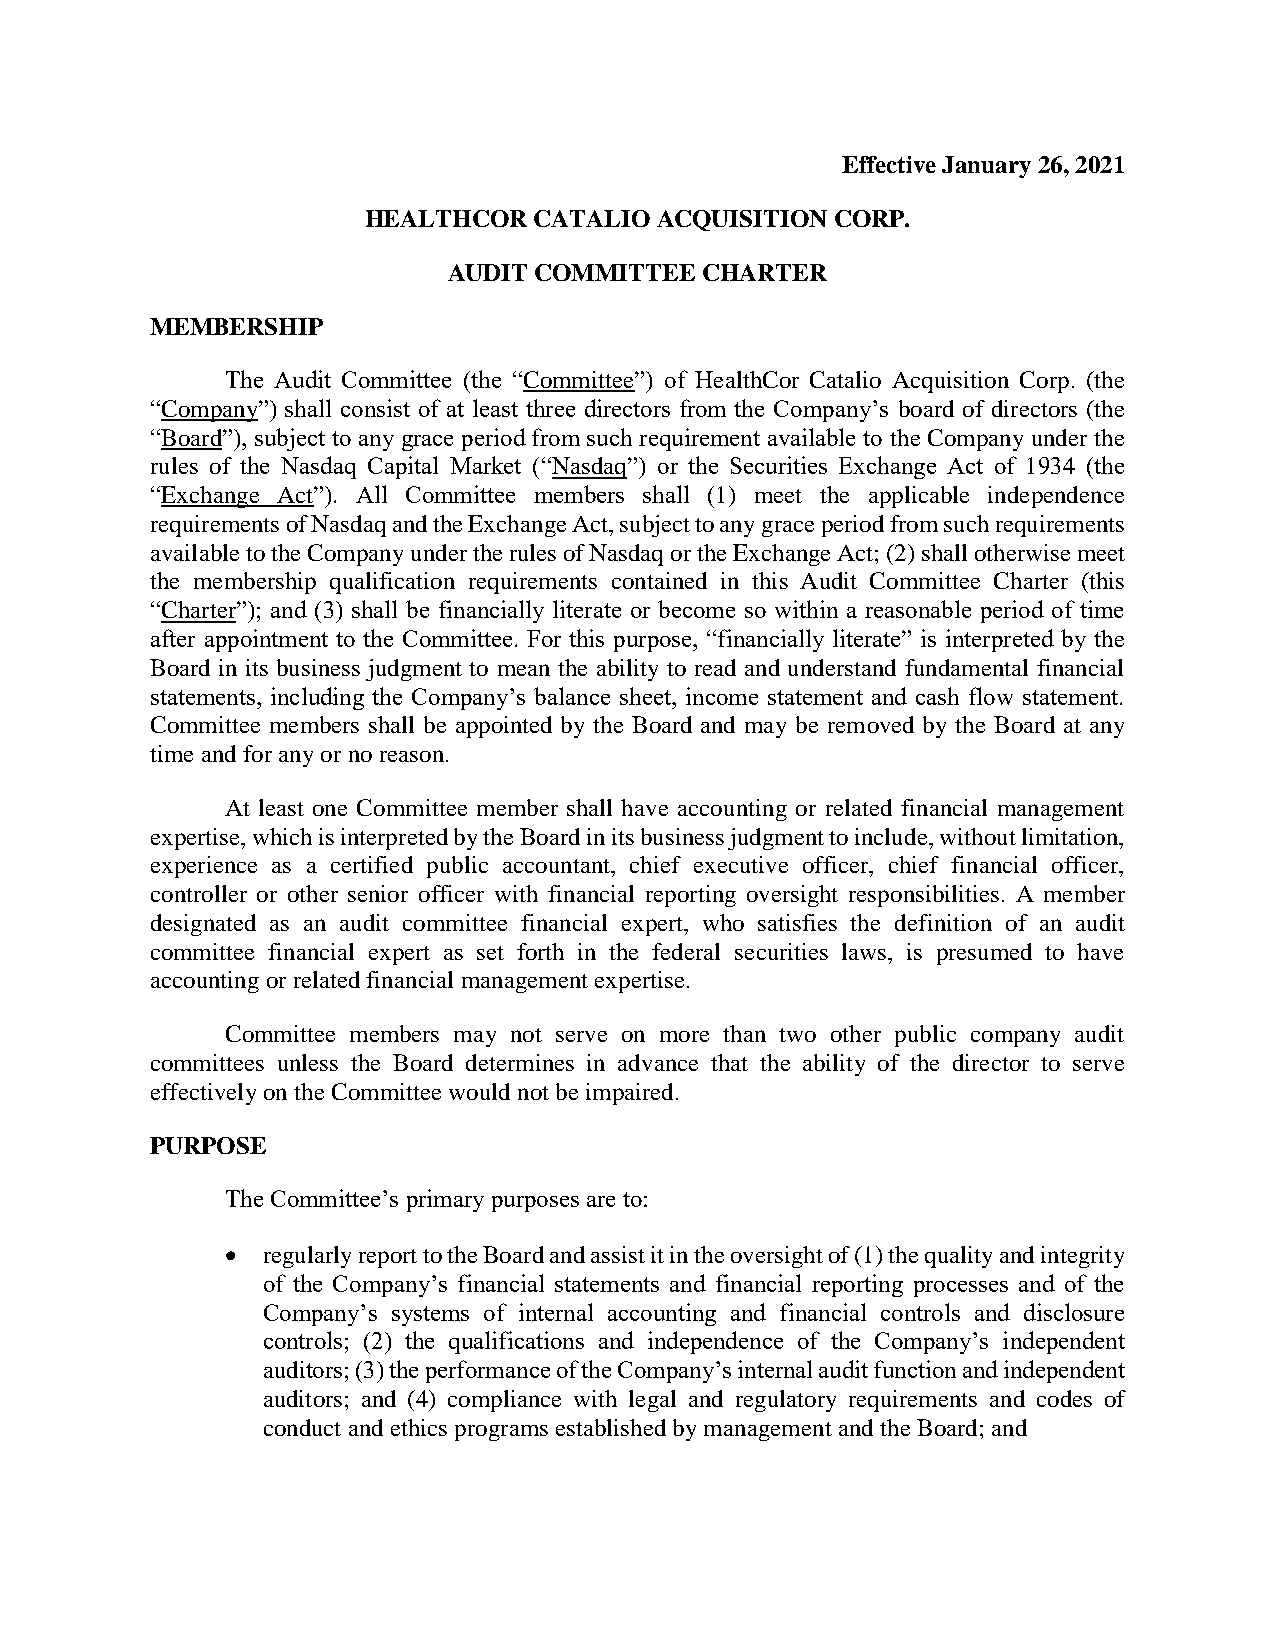
Effective January 26, 2021
 HEALTHCOR  CATALIO ACQUISITION CORP.
 AUDIT COMMITTEE CHARTER
 MEMBERSHIP
 The Audit Committee (the “Committee”) of HealthCor Catalio Acquisition Corp. (the
 “Company”) shall consist of at least three directors from the Company’s board of directors (the
 “Board”), subject to any grace period from such requirement available to the Company under the
 rules of the Nasdaq Capital Market (“Nasdaq”) or the Securities Exchange Act of 1934 (the
 “Exchange Act”). All Committee members shall (1) meet the applicable independence
 requirements of Nasdaq and the Exchange Act, subject to any grace period from such requirements
 available to the Company under the rules of Nasdaq or the Exchange Act; (2) shall otherwise meet
 the membership qualification requirements contained in this Audit Committee Charter (this
 “Charter”); and (3) shall be financially literate or become so within a reasonable period of time
 after appointment to the Committee. For this purpose, “financially literate” is interpreted by the
 Board in its business judgment to mean the ability to read and understand fundamental financial
 statements, including the Company’s balance sheet, income statement and cash flow statement.
 Committee members shall be appointed by the Board and may be removed by the Board at any
 time and for any or no reason.
 At least one Committee member shall have accounting or related financial management
 expertise, which is interpreted by the Board in its business judgment to include, without limitation,
 experience as a certified public accountant, chief executive officer, chief financial officer,
 controller or other senior officer with financial reporting oversight responsibilities. A member
 designated as an audit committee financial expert, who satisfies the definition of an audit
 committee financial expert as set forth in the federal securities laws, is presumed to have
 accounting or related financial management expertise.
 Committee members may not serve on more than two other public company audit
 committees unless the Board determines in advance that the ability of the director to serve
 effectively on the Committee would not be impaired.
 PURPOSE
 The Committee’s primary purposes are to:
  regularly report to the Board and assist it in the oversight of (1) the quality and integrity
 of the Company’s financial statements and financial reporting processes and of the
 Company’s systems of internal accounting and financial controls and disclosure
 controls; (2) the qualifications and independence of the Company’s independent
 auditors; (3) the performance of the Company’s internal audit function and independent
 auditors; and (4) compliance with legal and regulatory requirements and codes of
 conduct and ethics programs established by management and the Board; and